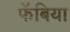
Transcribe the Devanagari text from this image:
फॅबिया